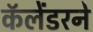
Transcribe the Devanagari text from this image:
कॅलेंडरने